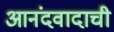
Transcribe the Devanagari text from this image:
आनंदवादाची